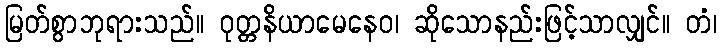
မြတ်စွာဘုရားသည်။ ဝုတ္တနိယာမေနေဝ၊ ဆိုသောနည်းဖြင့်သာလျှင်။ တံ၊